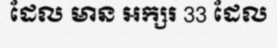
ដែល មាន អក្សរ 33 ដែល